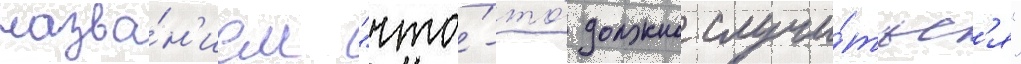
назва́н'ием "что́-то́ должно случи́тьс'я"